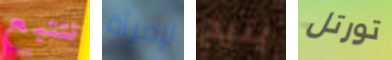
نتتبع لإمرأة يتيح تورتل